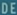
DEE